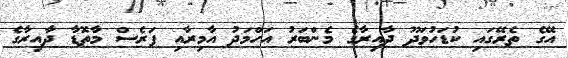
އޭގެ ތެރޭގައި ކުޑަހުވަދޫ ދާއިރާގެ މެންބަރު އަހްމަދު އާމިރާއި ފަރެސް މާތޮޑާ ދާއިރާގެ